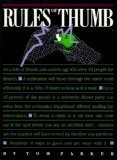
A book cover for Rules of Thumb; Tom Parker; Reference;